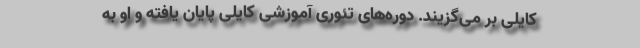
کایلی بر می‌گزیند. دوره‌های تئوری آموزشی کایلی پایان یافته و او به